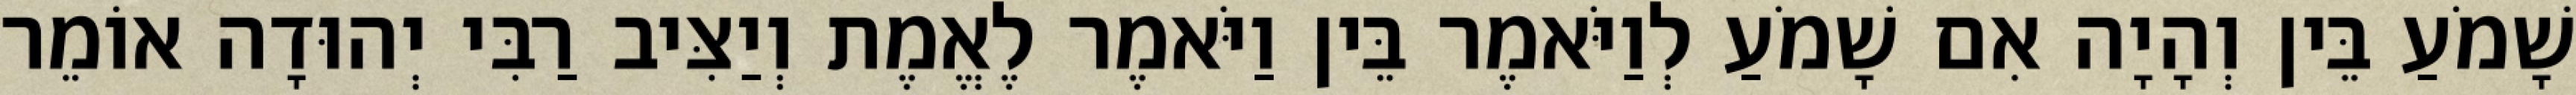
שָׁמֹעַ בֵּין וְהָיָה אִם שָׁמֹעַ לְוַיֹּאמֶר בֵּין וַיֹּאמֶר לֶאֱמֶת וְיַצִּיב רַבִּי יְהוּדָה אוֹמֵר